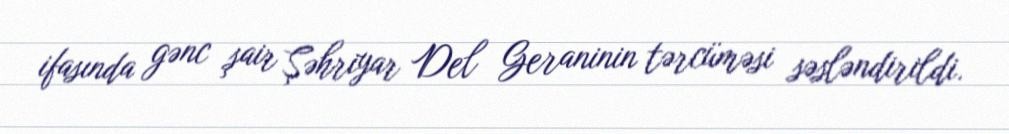
ifasında gənc şair Şəhriyar Del Geraninin tərcüməsi səsləndirildi.